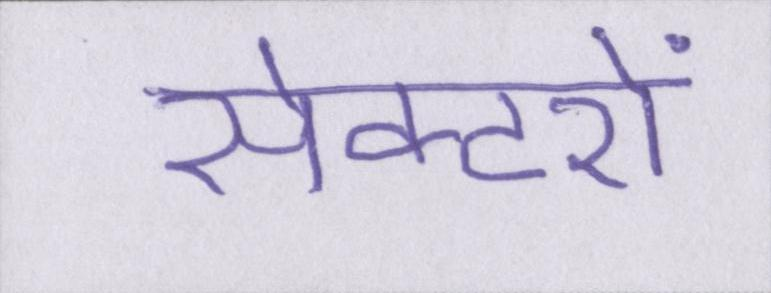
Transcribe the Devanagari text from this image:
सेक्टरों